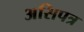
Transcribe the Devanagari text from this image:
असिपत्र